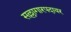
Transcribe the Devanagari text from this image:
सल्लागारपदावर